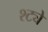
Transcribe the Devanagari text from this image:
श्ट्ये